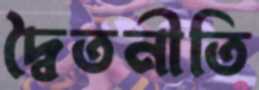
দ্বৈতনীতি